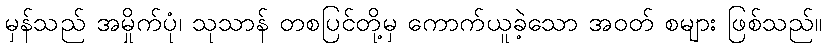
မှန်သည် အမှိုက်ပုံ၊ သုသာန် တစပြင်တို့မှ ကောက်ယူခဲ့သော အဝတ် စများ ဖြစ်သည်။